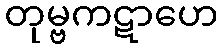
တုမ္ဗကဋာဟေ